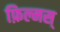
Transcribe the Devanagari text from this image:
फ़िल्मस्